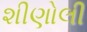
શીણોલી